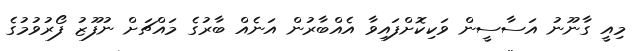
މިއީ ގާނޫނު އަސާސީން ވަކިކޮށްފައިވާ އެއްބާރުން އަނެއް ބާރުގެ މައްޗަށް ނުފޫޒު ފޯރުވުމުގެ